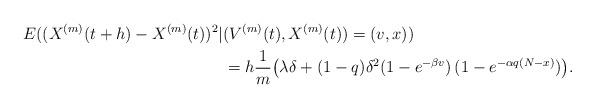
LaTeX: \begin{align*}E((X^{(m)}(t+h)-X^{(m)}(t))^2|&(V^{(m)}(t),X^{(m)}(t))=(v,x))\\&=h \frac{1}{m}\big(\lambda\delta+(1-q)\delta^2(1-e^{-\beta v})\,(1-e^{-\alpha q(N-x)})\big).\end{align*}